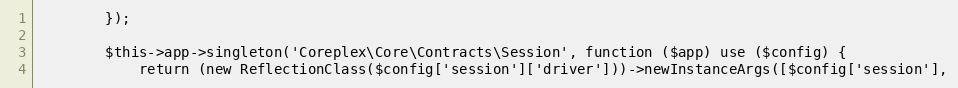
Language: PHP
        });

        $this->app->singleton('Coreplex\Core\Contracts\Session', function ($app) use ($config) {
            return (new ReflectionClass($config['session']['driver']))->newInstanceArgs([$config['session'],